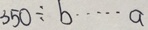
3 5 0 \div b \cdots a